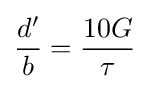
{d' \over b}={10G \over \tau }